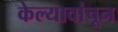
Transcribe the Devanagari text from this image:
केल्यावांचून